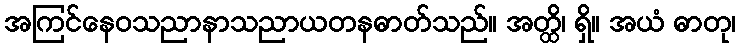
အကြင်နေဝသညာနာသညာယတနဓာတ်သည်။ အတ္ထိ၊ ရှိ။ အယံ ဓာတု၊